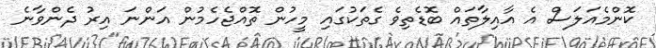
ކޮންމެއަލަސް އެ އާއިލާތައް ބޮޑެތިވެ ގެތަކުގައި މީހުން ތޮއްޖެހެމުން އަންނަ އިރު ދެންވާނެ